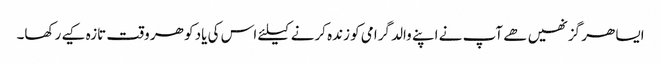
ایسا ھر گز نھیں ھے آپ نے اپنے والد گرامی کو زندہ کرنے کیلئے اس کی یاد کو ھر وقت تازہ کیے رکھا۔